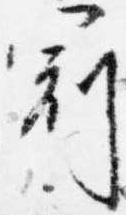
冠